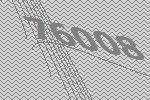
76008